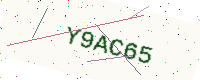
Text: Y9AC65